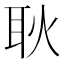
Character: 耿